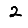
Digit: 2